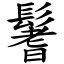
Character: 鬐